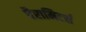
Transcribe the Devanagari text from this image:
पैरामिटर्स